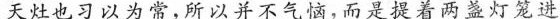
天灶也习以为常，所以并不气恼，而是提着两盏灯笼进